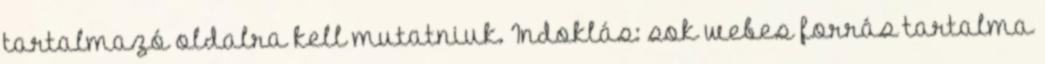
tartalmazó oldalra kell mutatniuk. Indoklás: sok webes forrás tartalma